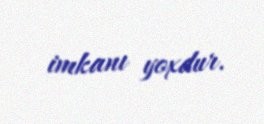
imkanı yoxdur.